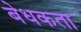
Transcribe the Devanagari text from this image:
बेधकता